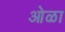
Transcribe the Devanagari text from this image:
ओळा